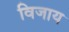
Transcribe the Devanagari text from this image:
विजाय